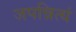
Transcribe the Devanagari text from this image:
जपन्नित्यं